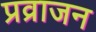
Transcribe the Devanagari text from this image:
प्रव्राजन